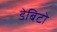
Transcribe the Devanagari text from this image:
डेबिटो